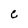
Character: C